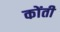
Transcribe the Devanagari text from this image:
कोंती